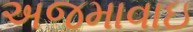
અજમાવાઇ